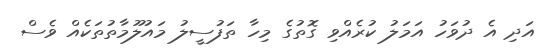
އަދި އެ ދުވަހު އަމަލު ކުރެއްވި ގޮތުގެ މިހާ ތަފުސީލު މައުލޫމާތުތަކެއް ވެސް